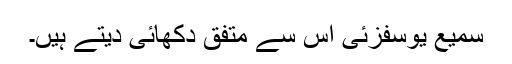
سمیع یوسفزئی اس سے متفق دکھائی دیتے ہیں۔